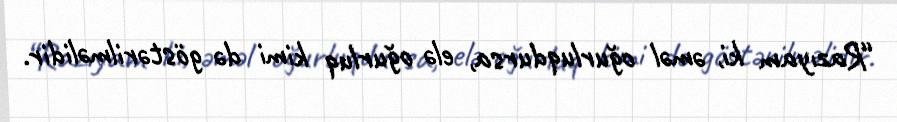
“Razıyam ki, əməl oğurluqdursa, elə oğurluq kimi də göstərilməlidir.